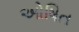
ઓષિત